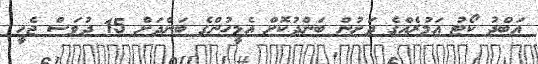
އަބްދު ކޯޓު އަމުރެއްގެ ދަށުން ބަންދުކޮށް އެމީހުންގެ ބަންދަށް 15 ދުވަސް ޖެހީ